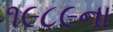
૧૯૮૯ના